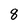
Character: 8